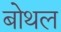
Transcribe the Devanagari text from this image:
बोथल